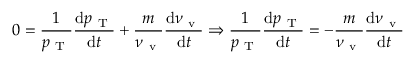
0 = \frac { 1 } { p _ { \mathrm { ~ T ~ } } } \frac { \mathrm { d } p _ { \mathrm { ~ T ~ } } } { \mathrm { d } t } + \frac { m } { \nu _ { \mathrm { ~ v ~ } } } \frac { \mathrm { d } \nu _ { \mathrm { ~ v ~ } } } { \mathrm { d } t } \Rightarrow \frac { 1 } { p _ { \mathrm { ~ T ~ } } } \frac { \mathrm { d } p _ { \mathrm { ~ T ~ } } } { \mathrm { d } t } = - \frac { m } { \nu _ { \mathrm { ~ v ~ } } } \frac { \mathrm { d } \nu _ { \mathrm { ~ v ~ } } } { \mathrm { d } t }